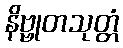
နိဗ္ဗုတသုတ္တံ